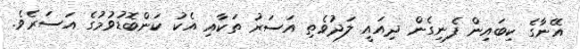
އޭނާގެ ކިބައިން ފެނިގެން ދިއައީ ލަދުވެތި އަސަރު ތަކާއި އެކު ކަންބޮޑުވުމުގެ އަސަރެވެ.